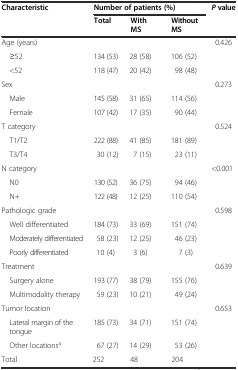
<table><thead><tr><td rowspan="2"><b>Characteristic</b></td><td colspan="3"><b>Number of patients (%)</b></td><td rowspan="2"><b><i>P</i>value</b></td></tr><tr><td><b>Total</b></td><td><b>With MS</b></td><td><b>Without MS</b></td></tr></thead><tbody><tr><td>Age (years)</td><td></td><td></td><td></td><td>0.426</td></tr><tr><td> ≥52</td><td>134 (53)</td><td>28 (58)</td><td>106 (52)</td><td></td></tr><tr><td> &lt;52</td><td>118 (47)</td><td>20 (42)</td><td>98 (48)</td><td></td></tr><tr><td>Sex</td><td></td><td></td><td></td><td>0.273</td></tr><tr><td> Male</td><td>145 (58)</td><td>31 (65)</td><td>114 (56)</td><td></td></tr><tr><td> Female</td><td>107 (42)</td><td>17 (35)</td><td>90 (44)</td><td></td></tr><tr><td>T category</td><td></td><td></td><td></td><td>0.524</td></tr><tr><td> T1/T2</td><td>222 (88)</td><td>41 (85)</td><td>181 (89)</td><td></td></tr><tr><td> T3/T4</td><td>30 (12)</td><td>7 (15)</td><td>23 (11)</td><td></td></tr><tr><td>N category</td><td></td><td></td><td></td><td>&lt;0.001</td></tr><tr><td> N0</td><td>130 (52)</td><td>36 (75)</td><td>94 (46)</td><td></td></tr><tr><td> N+</td><td>122 (48)</td><td>12 (25)</td><td>110 (54)</td><td></td></tr><tr><td>Pathologic grade</td><td></td><td></td><td></td><td>0.598</td></tr><tr><td> Well differentiated</td><td>184 (73)</td><td>33 (69)</td><td>151 (74)</td><td></td></tr><tr><td> Moderately differentiated</td><td>58 (23)</td><td>12 (25)</td><td>46 (23)</td><td></td></tr><tr><td> Poorly differentiated</td><td>10 (4)</td><td>3 (6)</td><td>7 (3)</td><td></td></tr><tr><td>Treatment</td><td></td><td></td><td></td><td>0.639</td></tr><tr><td> Surgery alone</td><td>193 (77)</td><td>38 (79)</td><td>155 (76)</td><td></td></tr><tr><td> Multimodality therapy</td><td>59 (23)</td><td>10 (21)</td><td>49 (24)</td><td></td></tr><tr><td>Tumor location</td><td></td><td></td><td></td><td>0.653</td></tr><tr><td> Lateral margin of the tongue</td><td>185 (73)</td><td>34 (71)</td><td>151 (74)</td><td></td></tr><tr><td> Other locations<sup>a</sup></td><td>67 (27)</td><td>14 (29)</td><td>53 (26)</td><td></td></tr><tr><td>Total</td><td>252</td><td>48</td><td>204</td><td></td></tr></tbody></table>